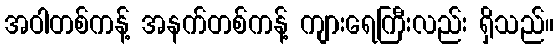
အဝါတစ်ကန့် အနက်တစ်ကန့် ကျားရေကြီးလည်း ရှိသည်။